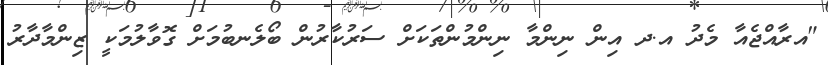
"އރާއްޖެއާ މެދު އ.ދ އިން ނިންމާ ނިންމުންތަކަށް ސަރުކާރުން ބޯލެނބުމަށް ގޮވާލުމަކީ ޒިންމާދާރު